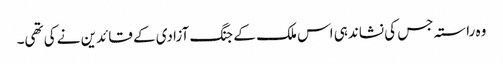
وہ راستہ جس کی نشاندہی اس ملک کے جنگ آزادی کے قائدین نے کی تھی۔